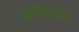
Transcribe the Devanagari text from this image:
प्रादेशिकतेचे